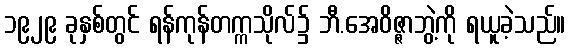
၁၉၂၉ ခုနှစ်တွင် ရန်ကုန်တက္ကသိုလ်၌ ဘီ.အေဝိဇ္ဇာဘွဲ့ကို ရယူခဲ့သည်။